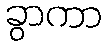
ခွာကာ